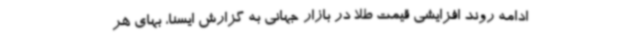
ادامه روند افزایشی قیمت طلا در بازار جهانی به گزارش ایسنا، بهای هر